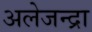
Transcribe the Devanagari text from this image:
अलेजन्द्रा